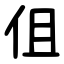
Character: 伹